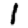
Digit: 1